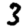
Digit: 3